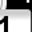
Digit: 1